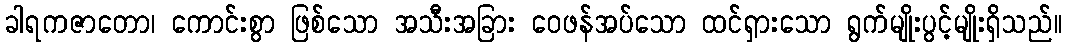
ခါရကဇာတော၊ ကောင်းစွာ ဖြစ်သော အသီးအခြား ဝေဖန်အပ်သော ထင်ရှားသော ရွက်မျိုးပွင့်မျိုးရှိသည်။